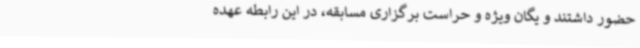
حضور داشتند و یگان ویژه و حراست برگزاری مسابقه، در این رابطه عهده